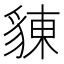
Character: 𧳣